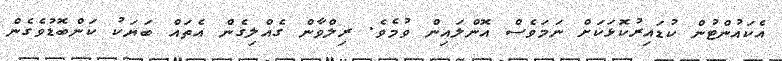
އެކައުންޓުން ކުޑައިރުކޮޅަކަށް ނަމަވެސް އޮންލައިން ވުމެވެ. ރިލްވާން ގެއްލިގެން އެތައް ބަޔަކު ކަންބޮޑުވެގެން